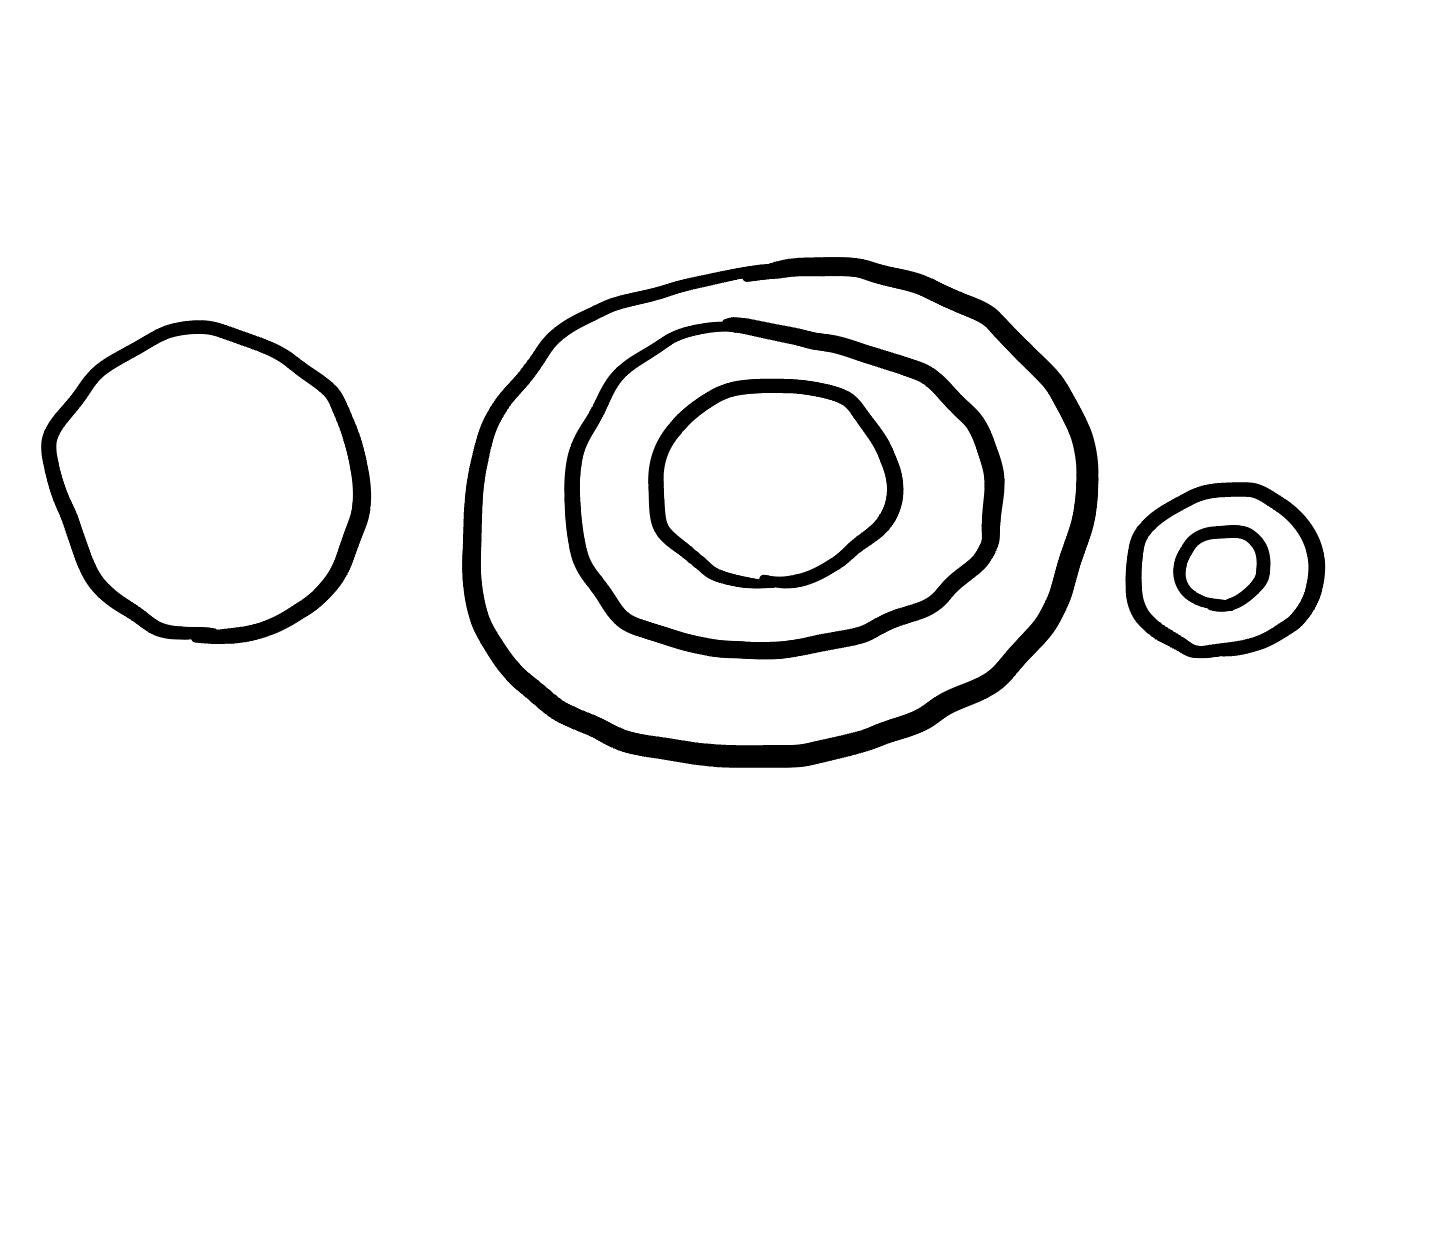
Number of regions (including the outer root region): 7
Containment tree edges (parent, child): 0, 1, 0, 3, 0, 4, 1, 2, 4, 5, 5, 6